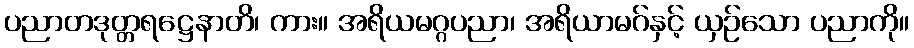
ပညာတဒုတ္တရဋ္ဌေနာတိ၊ ကား။ အရိယမဂ္ဂပညာ၊ အရိယာမဂ်နှင့် ယှဉ်သော ပညာကို။